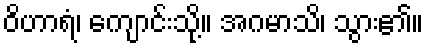
ဝိဟာရံ၊ ကျောင်းသို့။ အဂမာသိ၊ သွား၏။